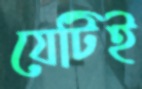
যেটিই